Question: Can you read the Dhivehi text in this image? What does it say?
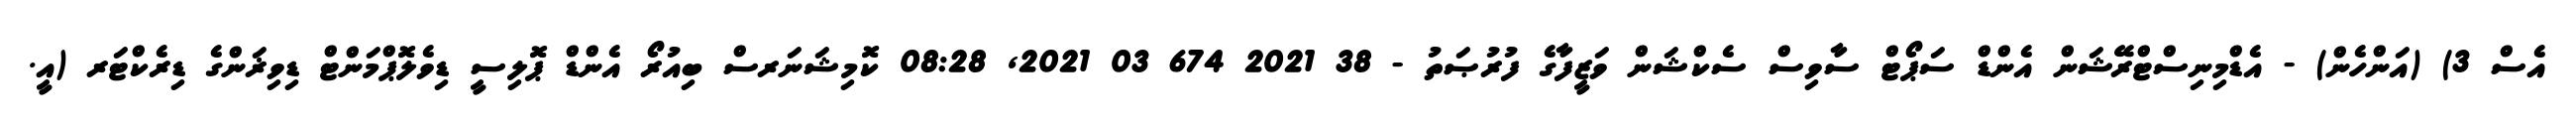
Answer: އެސް 3) (އަންހެން) - އެޑްމިނިސްޓްރޭޝަން އެންޑް ސަޕޯޓް ސާވިސް ސެކްޝަން ވަޒީފާގެ ފުރުޞަތު - 38 2021 674 03 2021, 08:28 ކޮމިޝަނަރސް ބިއުރޯ އެންޑް ޕޮލިސީ ޑިވެލޮޕްމަންޓް ޑިވިޜަންގެ ޑިރެކްޓަރ (އީ.